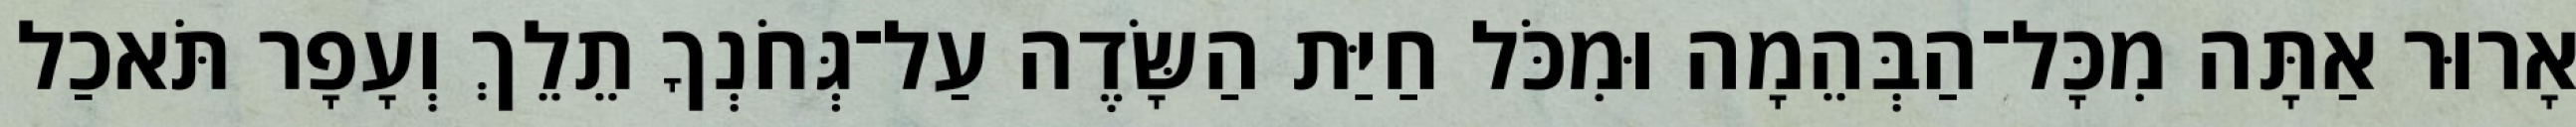
אָרוּר אַתָּה מִכָּל־הַבְּהֵמָה וּמִכֹּל חַיַּת הַשָּׂדֶה עַל־גְּחֹנְךָ תֵלֵךְ וְעָפָר תֹּאכַל